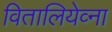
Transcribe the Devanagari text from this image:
वितालियेव्ना